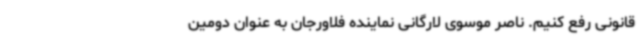
قانونی رفع کنیم. ناصر موسوی لارگانی نماینده فلاورجان به عنوان دومین